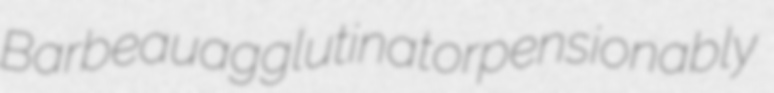
Barbeau agglutinator pensionably